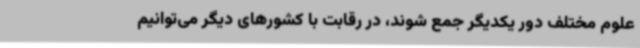
علوم مختلف دور یکدیگر جمع شوند، در رقابت با کشورهای دیگر می‌توانیم